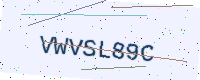
Text: VWVSL89C